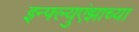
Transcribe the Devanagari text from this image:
इन्फ्ल्युएंझाच्या